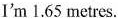
I'm 1.65 metres.